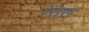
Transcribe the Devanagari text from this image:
रेसस